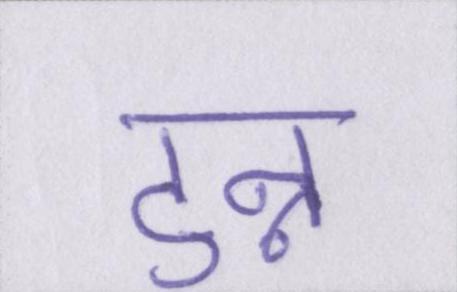
टुन्न